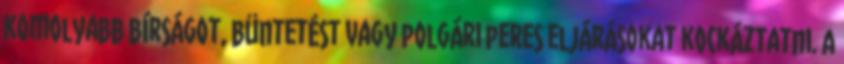
komolyabb bírságot, büntetést vagy polgári peres eljárásokat kockáztatni. A